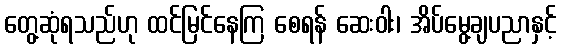
တွေ့ဆုံရသည်ဟု ထင်မြင်နေကြ စေရန် ဆေးဝါး၊ အိပ်မွေ့ချပညာနှင့်